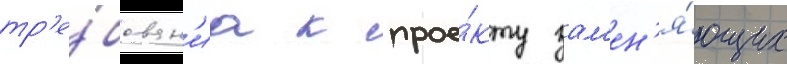
тр'е́бован'иа к прое́кту зам'ен'я́ющих